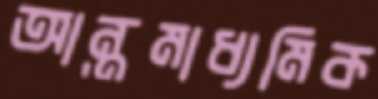
আন্তমাধ্যমিক